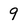
Character: 9